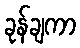
ခုန်ချကာ